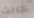
كانت